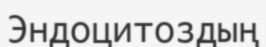
Эндоцитоздың